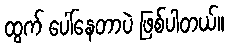
ထွက် ပေါ်နေတာပဲ ဖြစ်ပါတယ်။